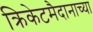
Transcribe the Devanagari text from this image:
क्रिकेटमैदानाच्या